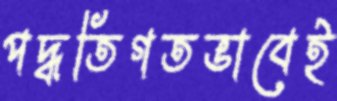
পদ্ধতিগতভাবেই